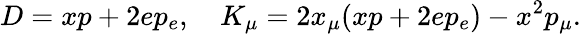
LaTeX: D=xp+2ep_{e},\quad K_{\mu}=2x_{\mu}(xp+2ep_{e})-x^{2}p_{\mu}.